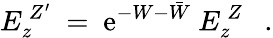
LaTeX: E_{z}^{\ Z^{\prime}}\ =\ \mathrm{e}^{-W-\bar{W}}\ E_{z}^{\ Z}\ \ \ .